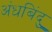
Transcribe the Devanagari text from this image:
अंधबिंदु